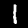
Digit: 1